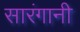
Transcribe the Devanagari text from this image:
सारंगानी